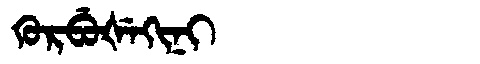
Manchu: ᡴᡠᡵᠪᡠᡧᡝᡴᡳᠨᡳ
Romanization: KURBUŠEKINI